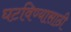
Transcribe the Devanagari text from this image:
घटविण्यासाठी